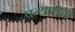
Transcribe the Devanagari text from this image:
पत्थारीली